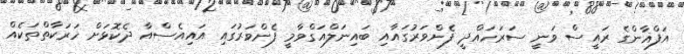
އަފްޣާންގެ ރައީސް ވަނީ ސަރަހައްދީ ފެންވަރުގައާއި ބައިނަލްއަގްވާމީ ފެންވަރުގައި އައިއެސްއާ ދެކޮޅަށް ހަރަކާތްތަކެއް